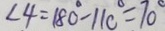
\angle 4 = 1 8 0 ^ { \circ } - 1 1 0 ^ { \circ } = 7 0 ^ { \circ }